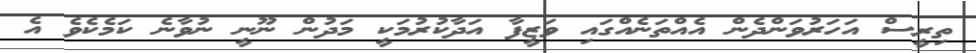
ތިރީސް އަހަރުވަންދެން އެއްތަނެއްގައި ވަޒީފާ އަދާކުރުމަކީ މަދުން ނޫނީ ނުވާނެ ކަމެކެވެ އެ